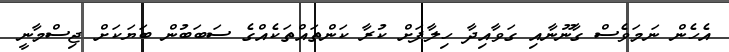
އެހެން ނަމަވެސް ގާނޫނާއި ގަވާއިދާ ހިލާފަށް ކުރާ ކަންތައްތަކެއްގެ ސަބަބުން ބަޔަކަށް ޖިސްމާނީ